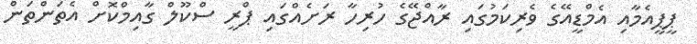
ޕީޕީއެމާއި އެމްޑީއޭގެ ވެރިކަމުގައި ރާއްޖޭގެ ހުރިހާ ރަށެއްގައި ޕްރީ ސްކޫލް ގާއިމްކޮށް އެތަންތަން